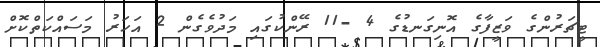
ޓީޗަރުންގެ ވަޒީފާގެ އޮނިގަނޑުގެ 4 -11 ރޭންކުގައި މަދުވެގެން 2 އަހަރު މަސައްކަތްކޮށް